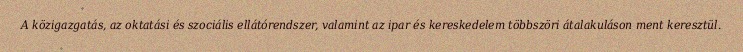
A közigazgatás, az oktatási és szociális ellátórendszer, valamint az ipar és kereskedelem többszöri átalakuláson ment keresztül.